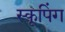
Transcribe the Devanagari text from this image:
स्कूपिंग